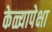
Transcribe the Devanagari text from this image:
केळ्यापेक्षा